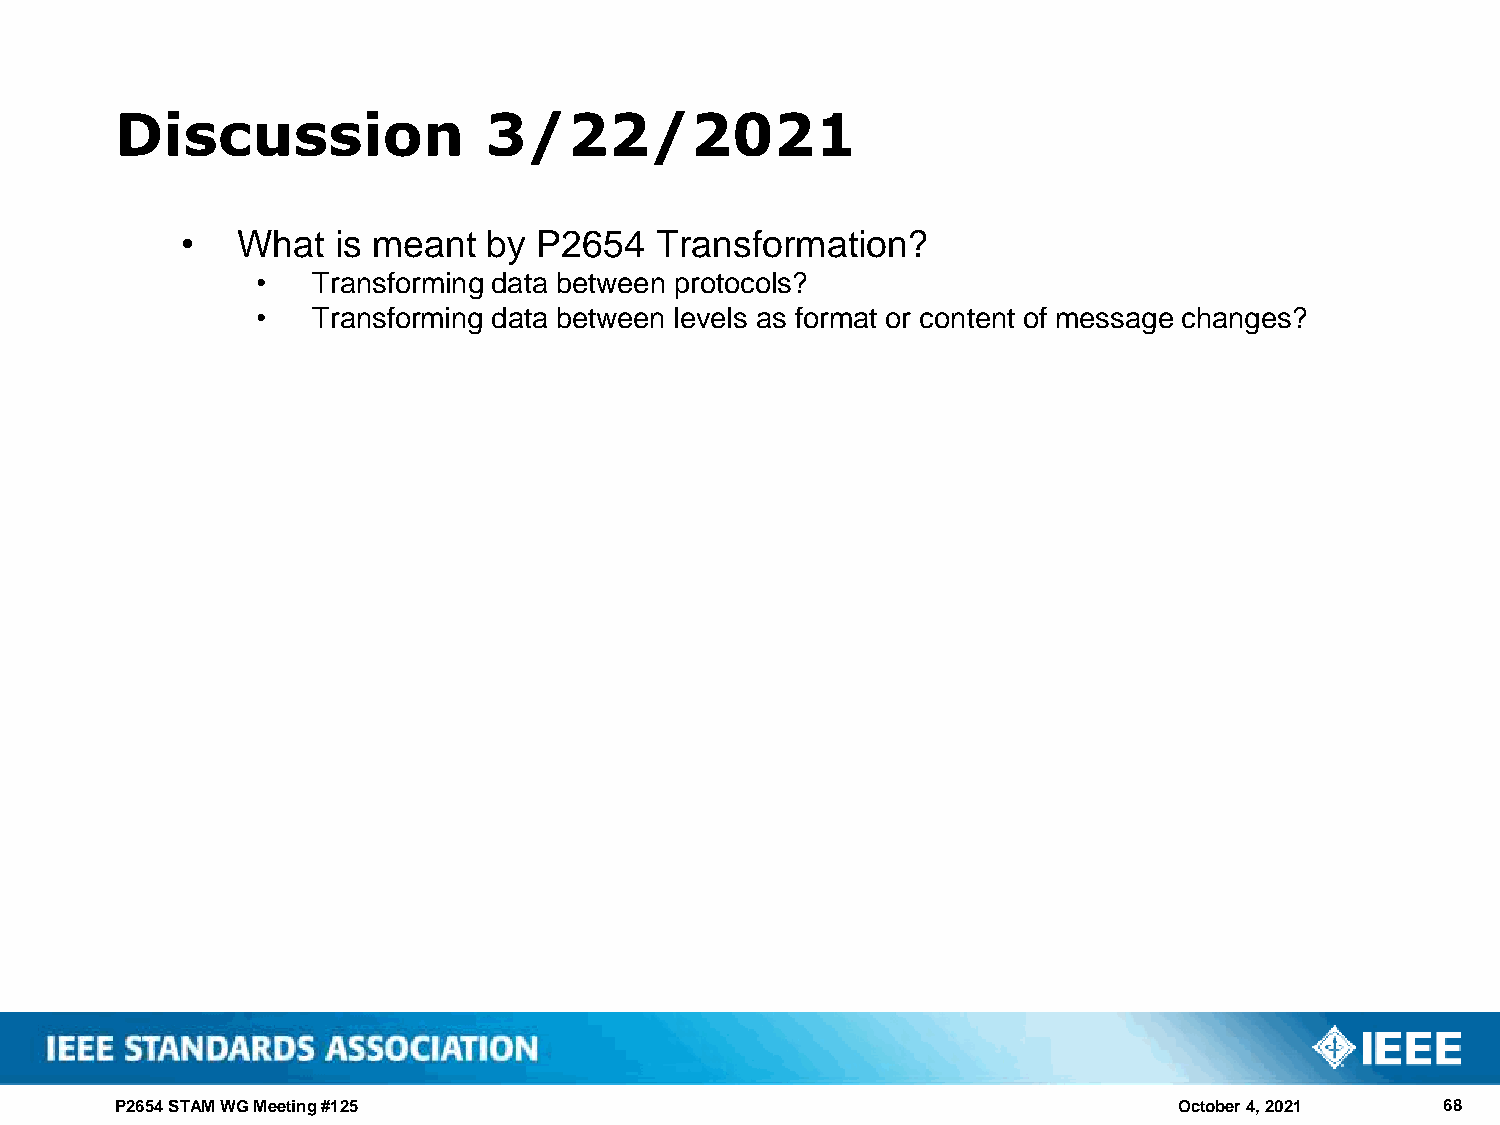
Discussion              3/22/2021
 •   What  is meant  by  P2654  Transformation?
 •   Transforming data between protocols?
 •   Transforming data between levels as format or content of message changes?
 P2654 STAM WG Meeting #125                                            October 4, 2021   68